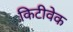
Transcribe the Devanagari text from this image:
किटीवेक